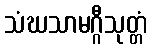
သံဃသာမဂ္ဂီသုတ္တံ